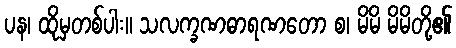
ပန၊ ထိုမှတစ်ပါး။ သလက္ခဏဓာရဏတော စ၊ မိမိ မိမိတို့၏